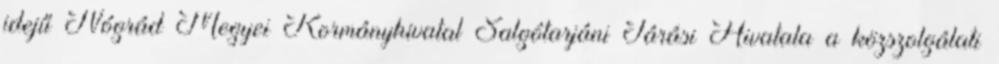
idejű Nógrád Megyei Kormányhivatal Salgótarjáni Járási Hivatala a közszolgálati